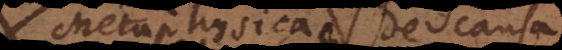
Metaphysica de causa